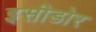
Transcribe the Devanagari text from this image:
इसीडोर